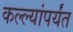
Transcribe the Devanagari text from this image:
कल्ल्यांपर्यंत